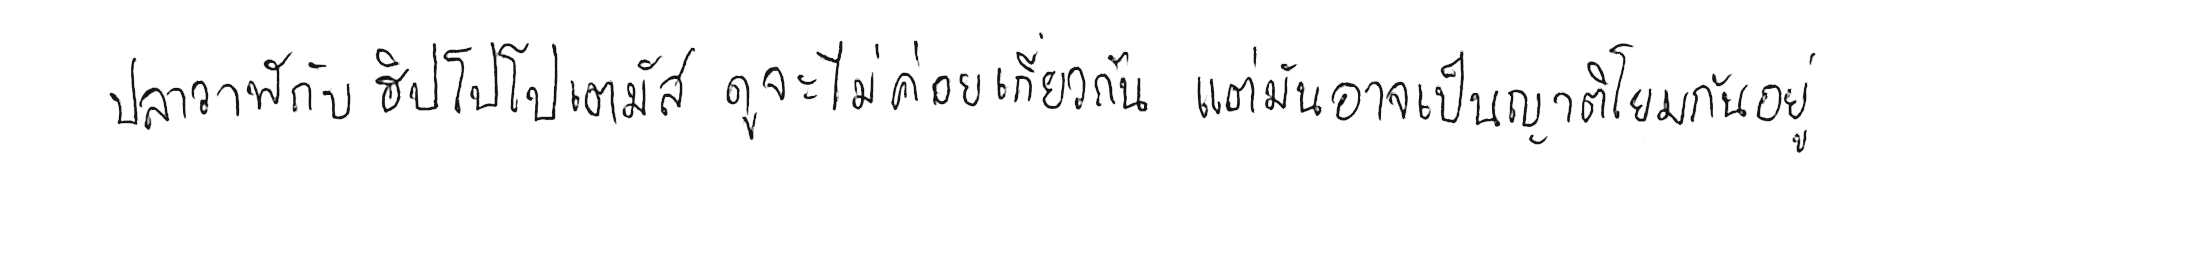
ปลาวาฬ กับ ฮิปโปโปเตมัส ดูจะไม่ค่อยเกี่ยวกัน แต่มันอาจเป็นญาติโยมกันอยู่